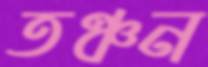
তঞ্চন